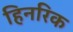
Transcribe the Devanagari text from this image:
हिनरिक